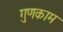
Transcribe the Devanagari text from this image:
गुणकाम